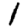
Digit: 1